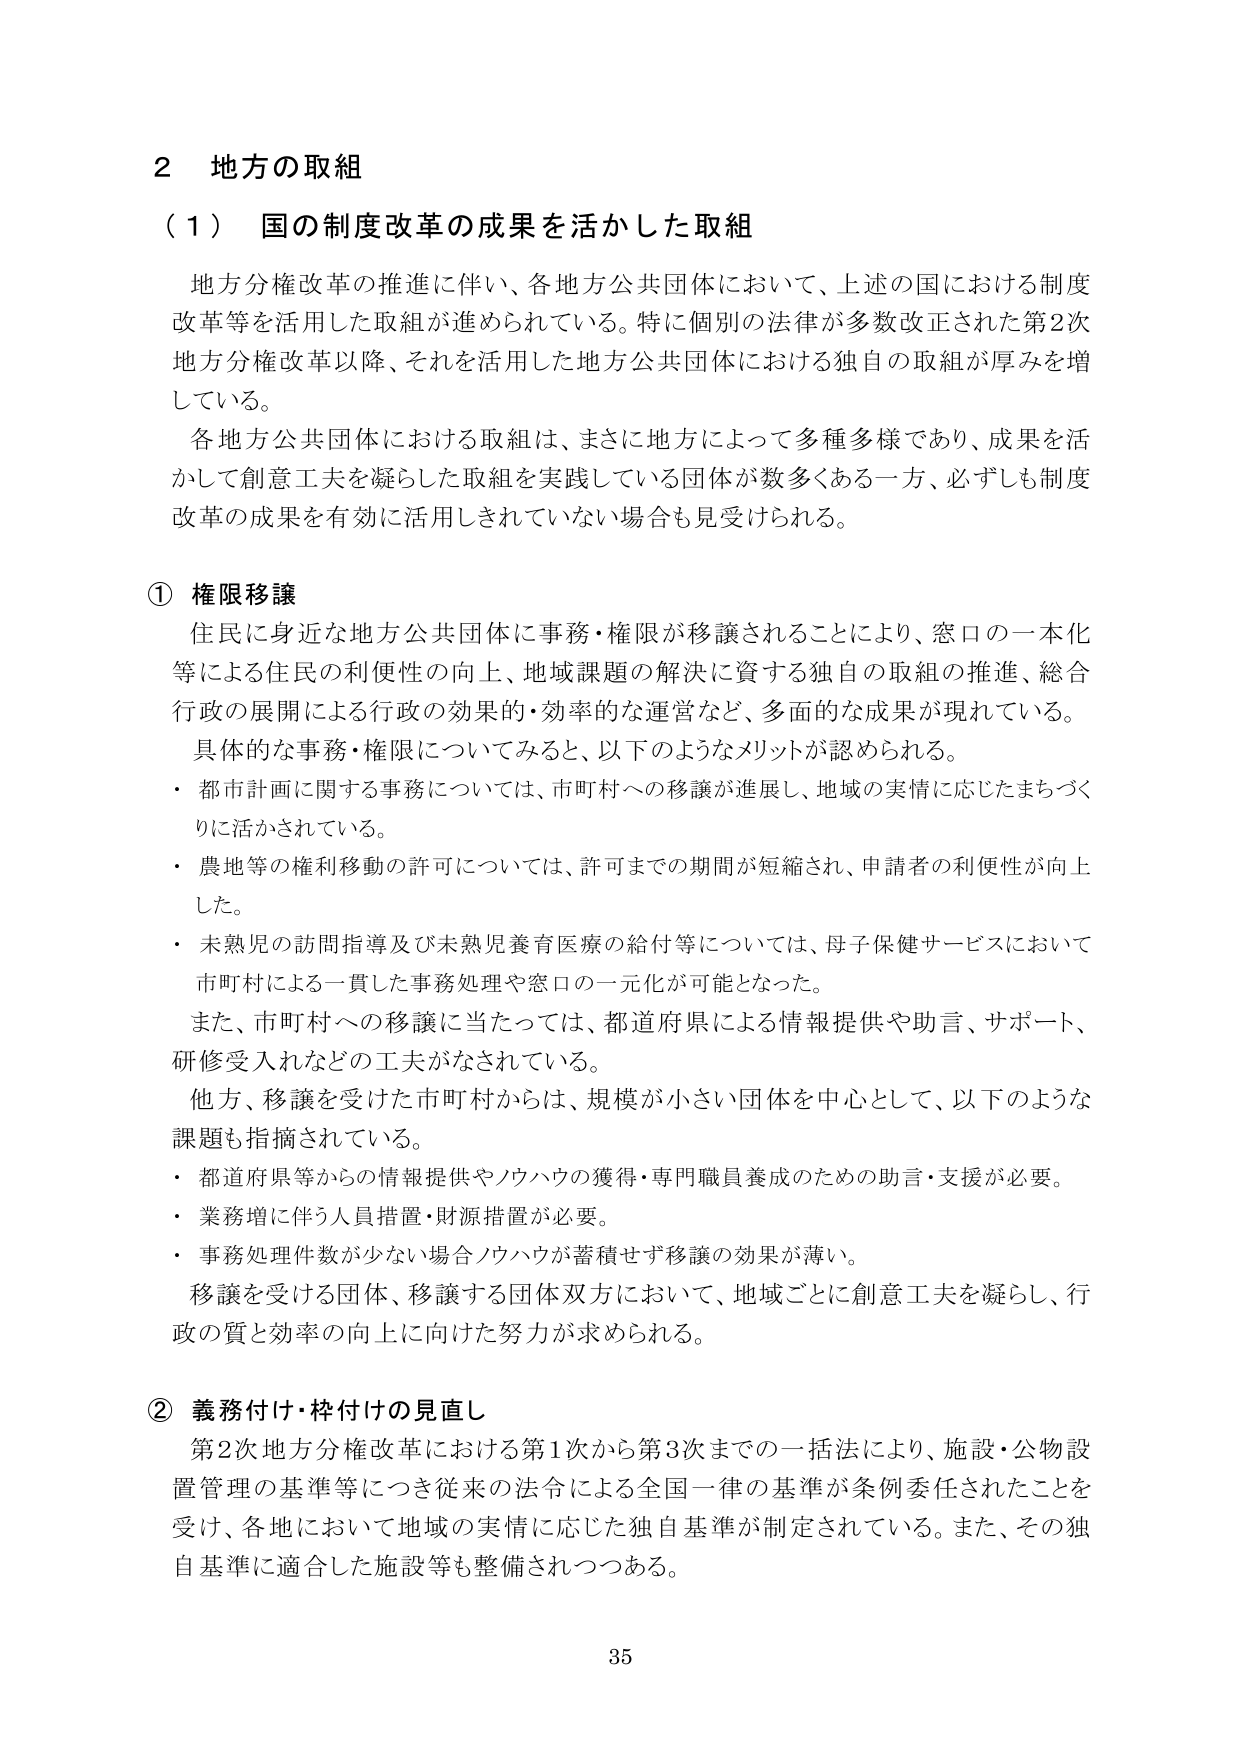
2 地方の取組

（1）国の制度改革の成果を活かした取組

地方分権改革の推進に伴い、各地方公共団体において、上述の国における制度改革等を活用した取組が進められている。特に個別の法律が多数改正された第2次地方分権改革以降、それを活用した地方公共団体における独自の取組が厚みを増している。

各地方公共団体における取組は、まさに地方によって多種多様であり、成果を活かして創意工夫を凝らした取組を実践している団体が数多くある一方、必ずしも制度改革の成果を有効に活用しきれていない場合も見受けられる。

① 権限移譲

住民に身近な地方公共団体に事務・権限が移譲されることにより、窓口の一本化等による住民の利便性の向上、地域課題の解決に資する独自の取組の推進、総合行政の展開による行政の効果的・効率的な運営など、多面的な成果が現れている。

具体的な事務・権限についてみると、以下のようなメリットが認められる。

・都市計画に関する事務については、市町村への移譲が進展し、地域の実情に応じたまちづくりに活かされている。

・農地等の権利移動の許可については、許可までの期間が短縮され、申請者の利便性が向上した。

・未熟児の訪問指導及び未熟児養育医療の給付等については、母子保健サービスにおいて市町村による一貫した事務処理や窓口の一元化が可能となった。

また、市町村への移譲に当たっては、都道府県による情報提供や助言、サポート、研修受入れなどの工夫がなされている。

他方、移譲を受けた市町村からは、規模が小さい団体を中心として、以下のような課題も指摘されている。

・都道府県等からの情報提供やノウハウの獲得・専門職員養成のための助言・支援が必要。

・業務増に伴う人員措置・財源措置が必要。

・事務処理件数が少ない場合ノウハウが蓄積せず移譲の効果が薄い。

移譲を受ける団体、移譲する団体双方において、地域ごとに創意工夫を凝らし、行政の質と効率の向上に向けた努力が求められる。

② 義務付け・枠付けの見直し

第2次地方分権改革における第1次から第3次までの一括法により、施設・公物設置管理の基準等につき従来の法令による全国一律の基準が条例委任されたことを受け、各地において地域の実情に応じた独自基準が制定されている。また、その独自基準に適合した施設等も整備されつつある。

35